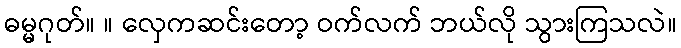
ဓမ္မဂုတ်။ ။ လှေကဆင်းတော့ ဝက်လက် ဘယ်လို သွားကြသလဲ။